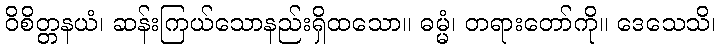
ဝိစိတ္တနယံ၊ ဆန်းကြယ်သောနည်းရှိထသော။ ဓမ္မံ၊ တရားတော်ကို။ ဒေသေသိ၊